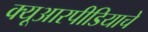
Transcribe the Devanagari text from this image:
क्यूआरपीडियाचे